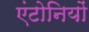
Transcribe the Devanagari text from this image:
एंटोनियों